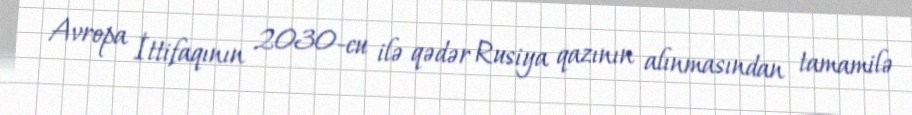
Avropa İttifaqının 2030-cu ilə qədər Rusiya qazının alınmasından tamamilə